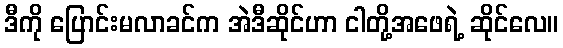
ဒီကို ပြောင်းမလာခင်က အဲဒီဆိုင်ဟာ ငါတို့အဖေရဲ့ ဆိုင်လေ။